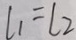
l _ { 1 } = l _ { 2 }